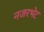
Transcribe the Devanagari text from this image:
नजरभेट